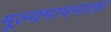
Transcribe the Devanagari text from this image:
मूल्यमापनाला